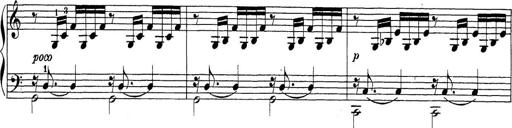
Title: Sonatina Album
Composer: Louis KÃ¶hler